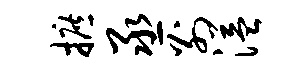
摭丞别溢